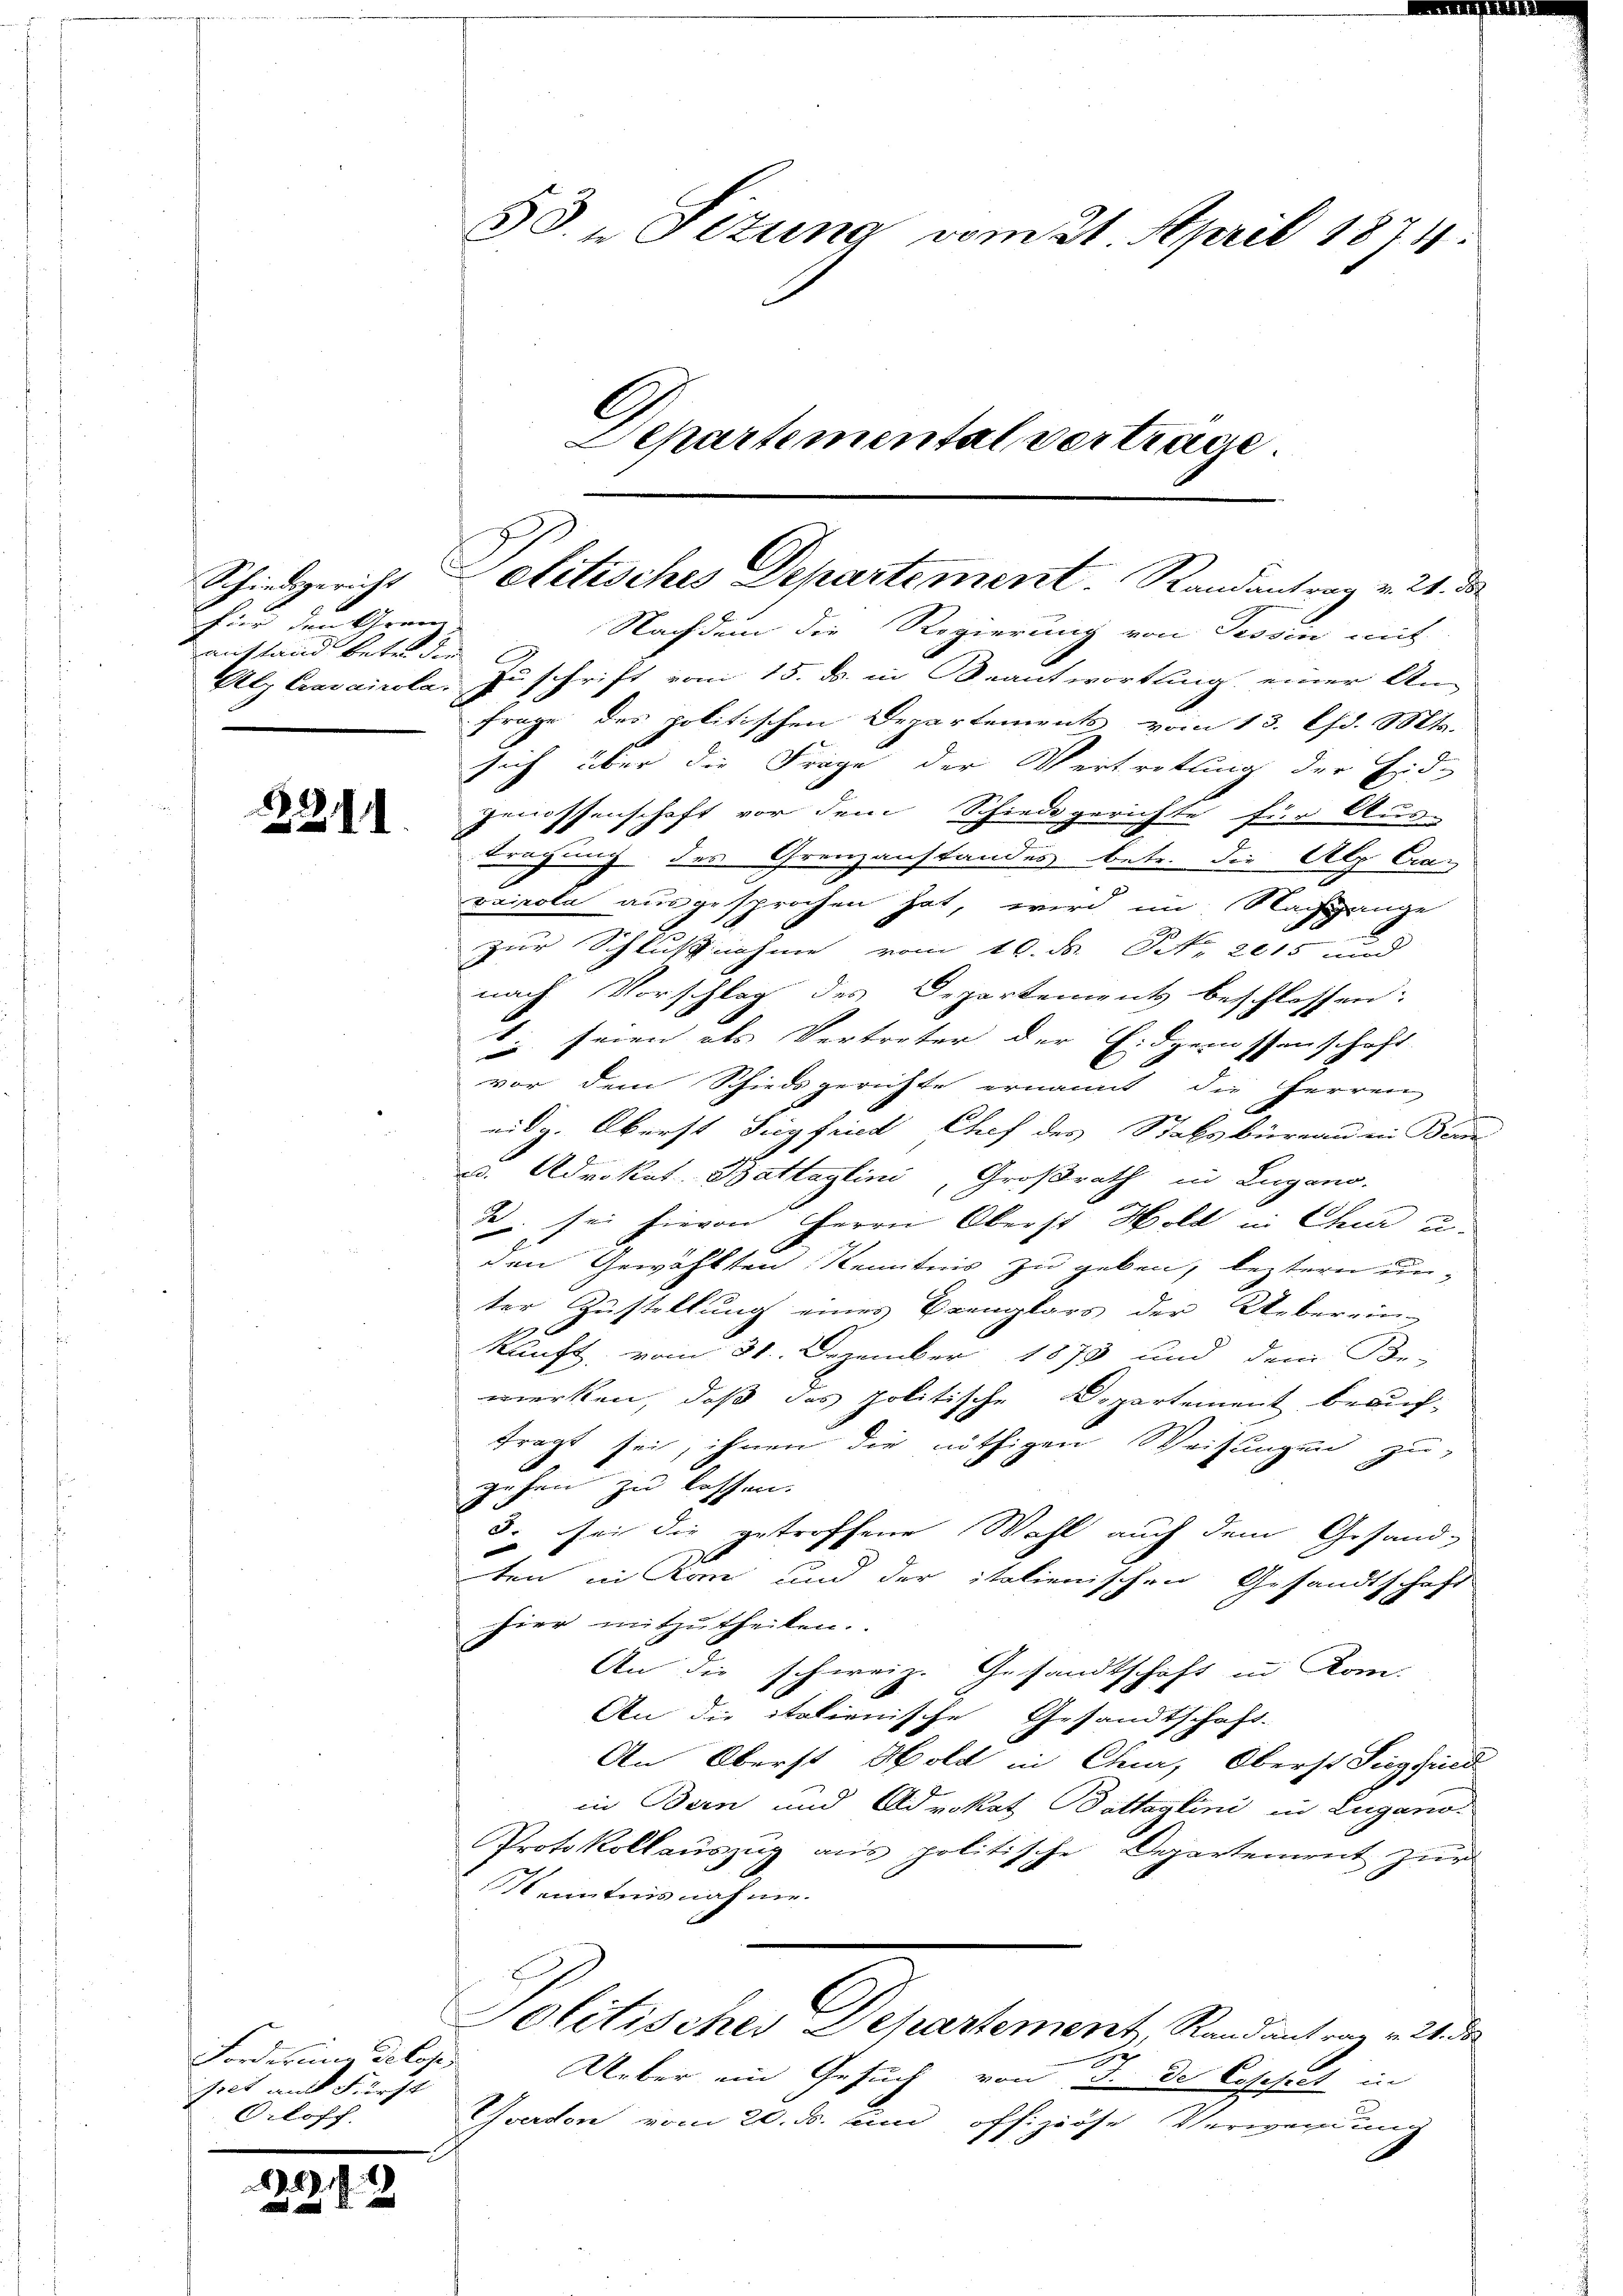
für den Gren
anstand betr. die

2211.

Forderung delese,
iet mit Fürst
Oloff.

2
2 x

53. " Sizung vom 21. April 1874.
Departemental vertrage.

Nachdem die Regierung von Tessin mit
Alz Cravaicola. Zuschrift vom 15. ds. in Beantwortung einer An-
frage des politischen Departements vom 13. d. Mts.
sich über die Frage der Vertrettung der Eid-
genossenschaft vor dem Schiede gerichte für Aus-
tragung des Grenzanstandes betr. die Alp Cra-
vairole ausgesprochen hat, wird im Nachgange
zur Schlußnahme vom 10. ds. No 2015 und
nach Vorschlag des Departement beschlossen:
 seien als Vertreter der Eidgenossenschaft
vor dem Schiedsgerichte ernannt die Herren
eidg. Oberst Siegfried Chef des Stabs büreau ein Beur
F
ud. Advokat Battaglini, Großrath in Lugano.
de, sei hievon Herrn Oberst Hold in Chur u.
den Gewählten Kenntnis zu geben, leztern unter Zustellung eines Bremplars der Ueberein-
kunft, vom 31. Dezember 1873 und dem Be-
merken, daß das politische Departement beauftragt sei, ihnen die nöthigen Weisungen zu-
t
gehen zu lassen.
8. sei die getroffene Wahl auch dem Gesand-
ten in Kann und der italienischen Gesandtschaft
hier mitzutheilen.
An die schweiz. Gesandtschaft in Kom-
An die italienische Gesandtschaft.
An Oberst Hold in Chur, Oberst Siegfried
in Bern und Advokat Battaglini in Lugano.
Protokollauszug aus politische Departement zur
Kenntnis nahme.
Politisches Departement, Randantrag v. 21 des
Ueber ein Gesuch von J. de Coschiet in
Yverdon vom 20. ds. und offiziöse Verwendung

Schiedgericht eletisches Departement. Randantrag v. 21. da